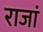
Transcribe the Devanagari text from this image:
राजां